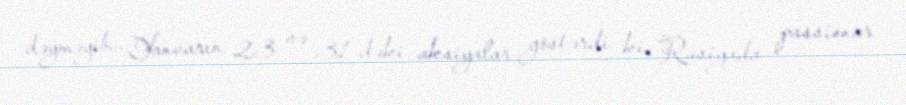
dəyməyib... Yanvarın 23 və 31-dəki aksiyalar göstərdi ki, Rusiyada passionar